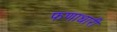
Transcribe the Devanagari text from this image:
फणाधारी